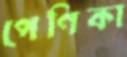
পেণিকা